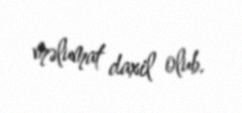
məlumat daxil olub.